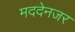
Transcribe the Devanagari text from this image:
मददेनजर